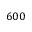
6 0 0